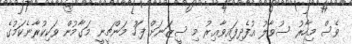
ވެސް މިހާރު ސުވާލު އުފެދިފައިވާޢިރު މި ސީޒަނަށް ފަހު މަންޗީނީ މަގާމުން ވަކިކުރާނެކަމުގެ